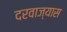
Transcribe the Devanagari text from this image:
दरवाज्यास